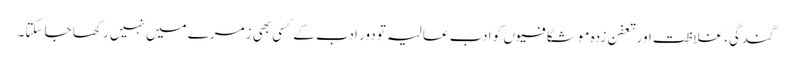
گندگی، غلاظت اور تعفن زدہ موشگافیوں کو ادب عالیہ تو دور ادب کے کسی بھی زمرے میں نہیں رکھا جا سکتا۔